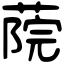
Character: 𦶤